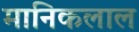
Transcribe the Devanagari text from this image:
मानिकलाल